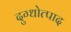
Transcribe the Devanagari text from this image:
दुग्धोत्पाद